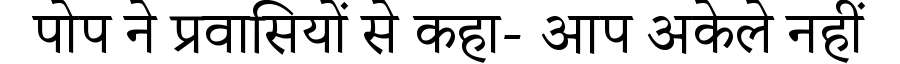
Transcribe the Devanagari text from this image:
पोप ने प्रवासियों से कहा- आप अकेले नहीं